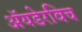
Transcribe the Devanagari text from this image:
ॲयडेरविच